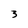
Character: 3